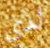
لدي